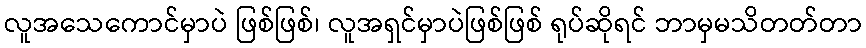
လူအသေကောင်မှာပဲ ဖြစ်ဖြစ်၊ လူအရှင်မှာပဲဖြစ်ဖြစ် ရုပ်ဆိုရင် ဘာမှမသိတတ်တာ